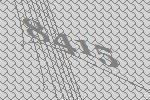
8415